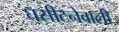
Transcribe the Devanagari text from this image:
घसीटनेवाली